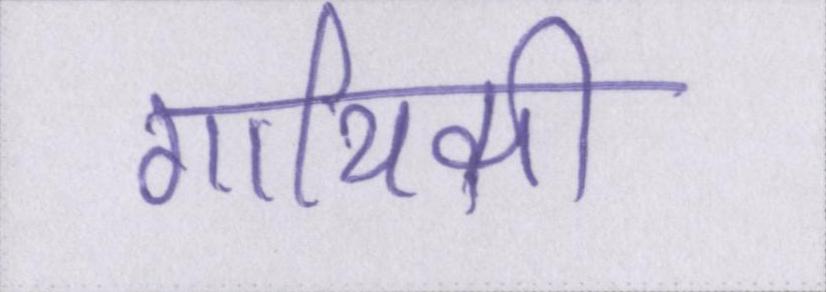
गायिकी